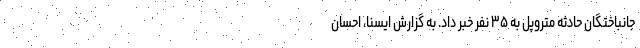
جانباختگان حادثه متروپل به ۳۵ نفر خبر داد. به گزارش ایسنا، احسان